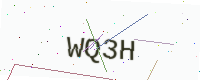
Text: WQ3H